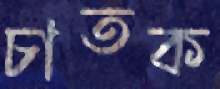
চাতক